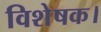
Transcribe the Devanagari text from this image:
विशेषक।